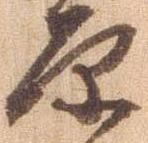
原